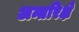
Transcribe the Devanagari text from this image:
अन्तरिक्षे